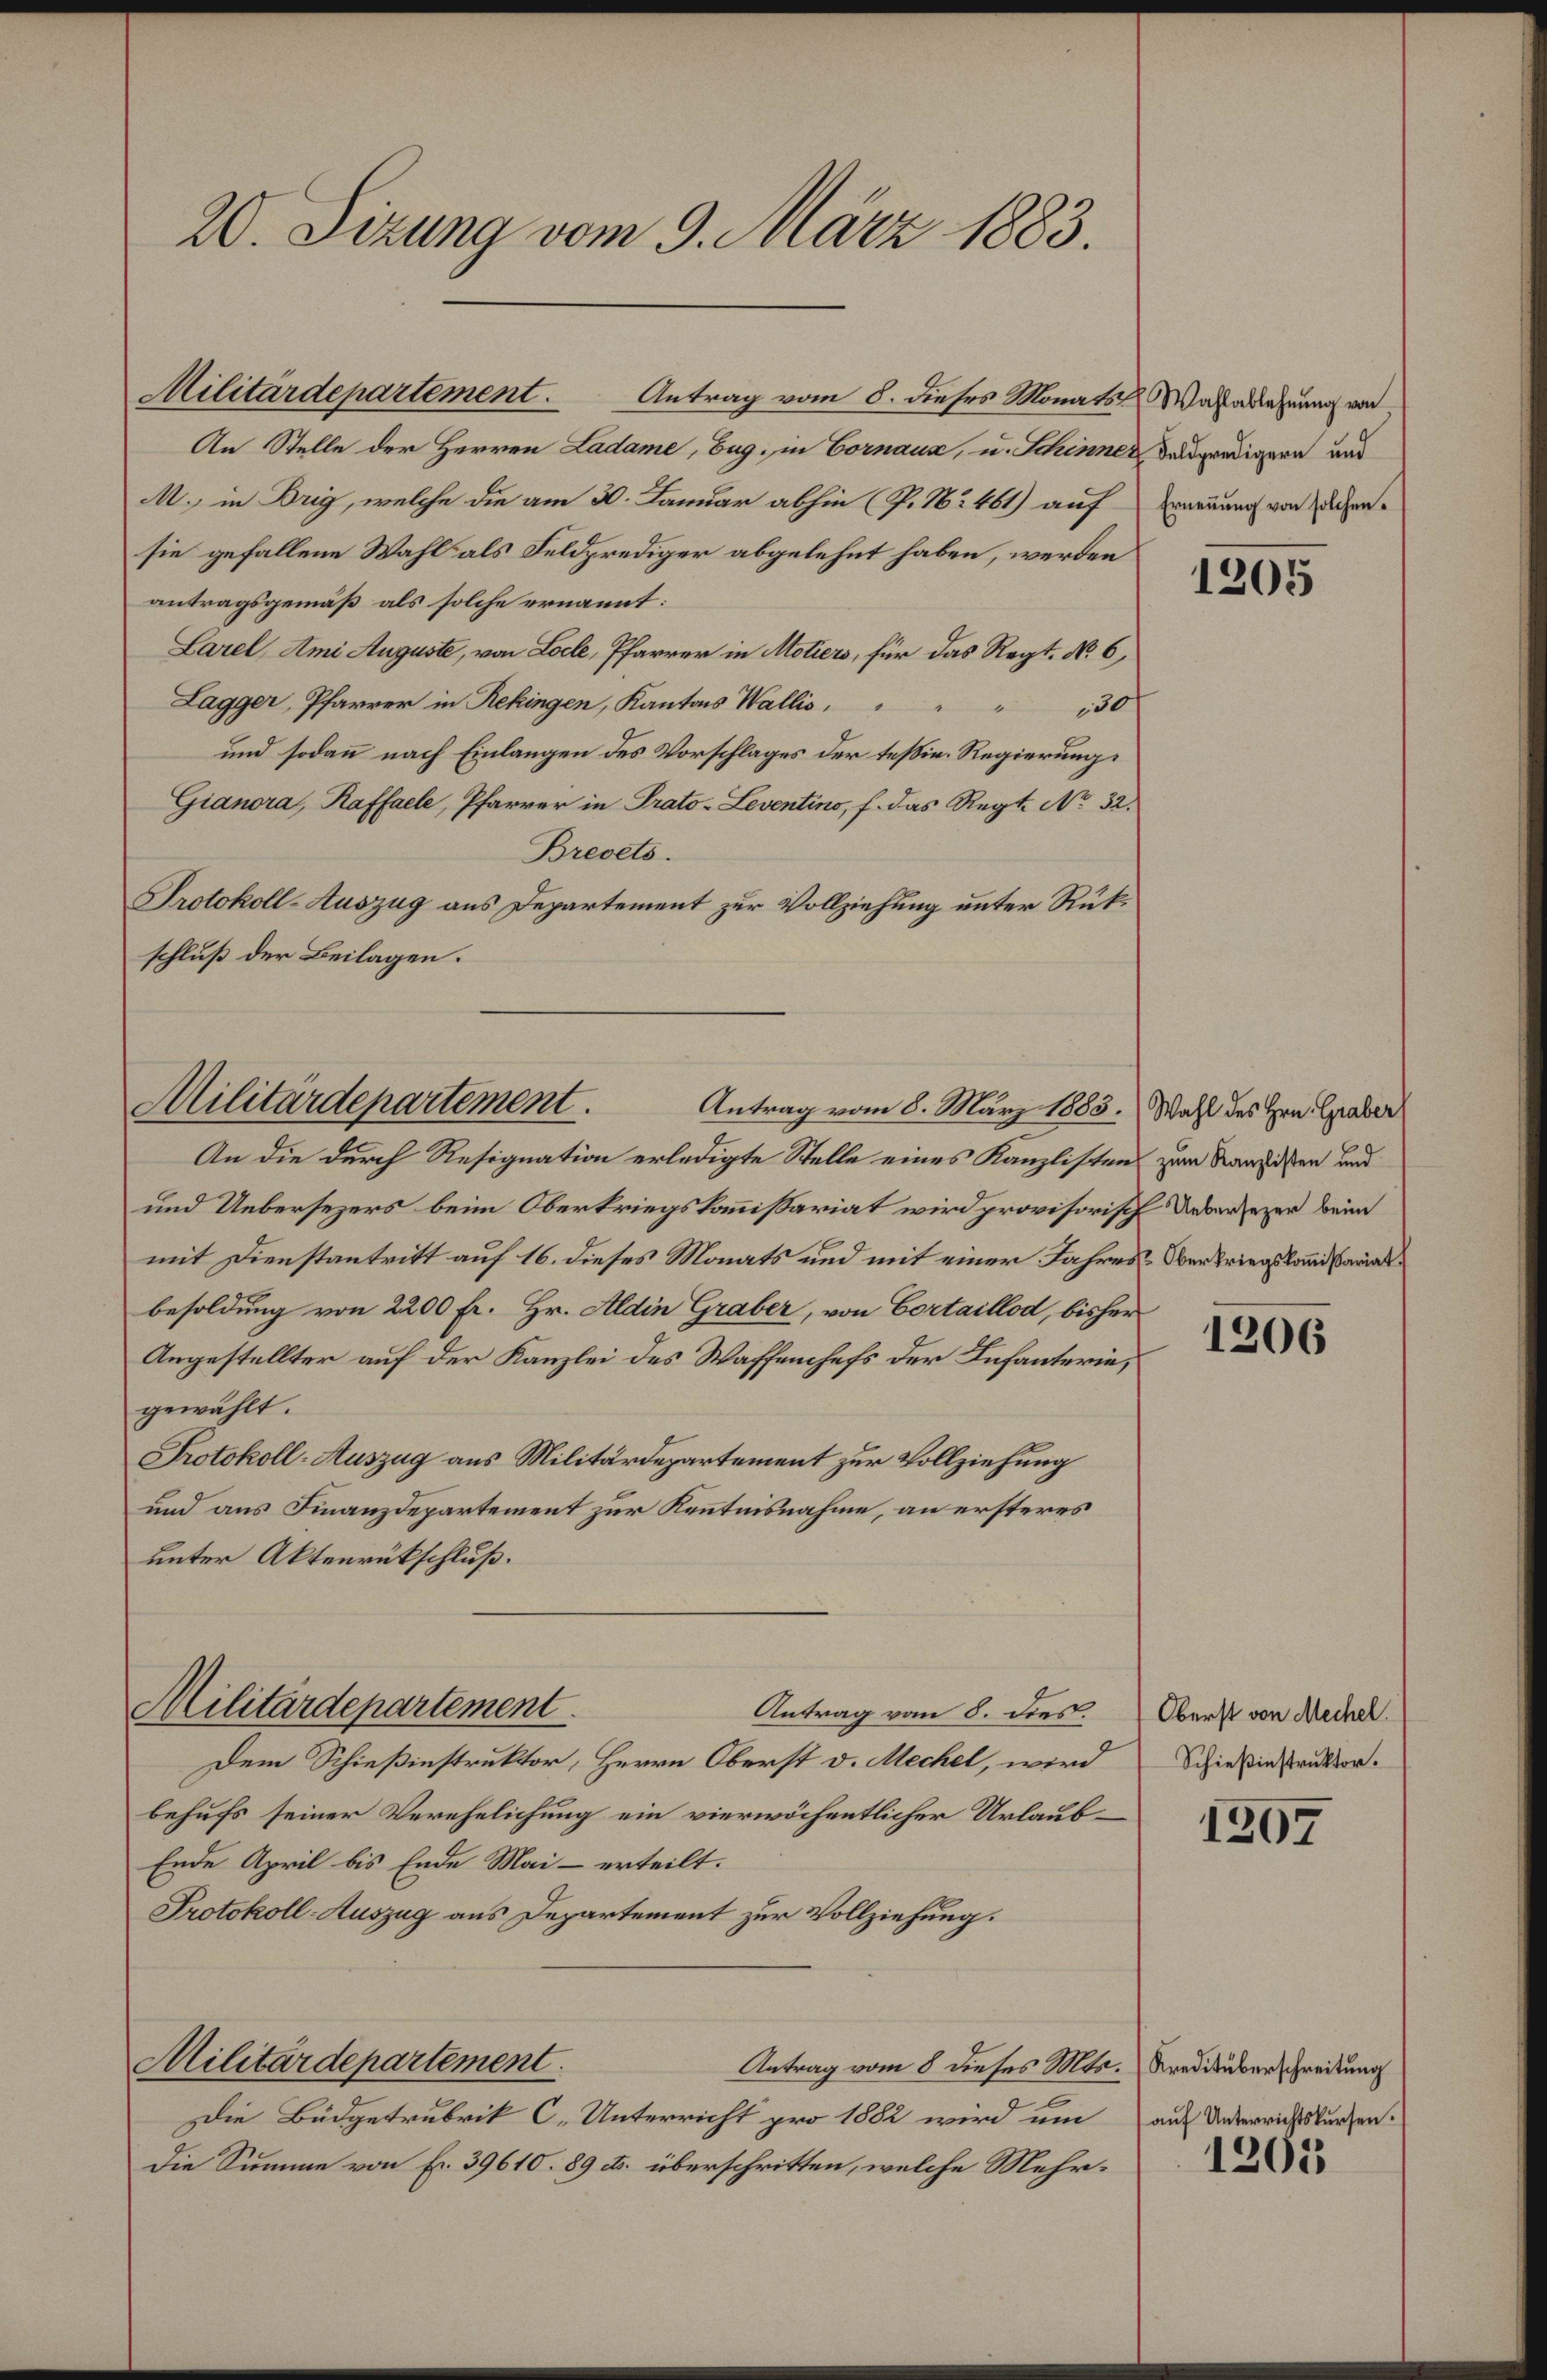
20. Sizung vom 9. März 1883.

Militärdepartement.
Antrag vom 8. März 1885.) Wahl des Hrn. Graber

Militärdepartement. Antrag vom 8. dieses Monats Wasedehnung von
An Stelle der Herren Ladame, Bug, in Cornaux, u. Schinner der predigern und
M., in Brig, welche die am 30. Januar abhin (P. Nr. 461) auf
sie gefallene Wahl als Feldprediger abgelehnt haben, werden
antragsgemäß als solche ernannt:
Larel, Ami Auguste, von Loche, Pfarrer in Motiers, für das Regt. No 6,
Lagger, Pfarrer in Rekingen, Kantons Wallis,
150
und sodann nach Einlangen des Vorschlages der tessin. Regierungs
Gianora, Raffaele, Pfarrer in Prato-Leventino, f. das Regt. No. 32.
Brevets.
Protokoll-Auszug aus Departement zur Vollziehung unter Rükschluß der Beilagen.
An die durch Resignation erledigte Stelle eines Kanzlistens zum Kanzlisten und
und Uebersezers beim Oberkriegskommißariat wird provisorisch dersezen beim
mit Dienstantritt auf 16. dieses Monats und mit einer Jahres Oberkriegslandsariatbesoldung von 2200 Fr. Hr. Aldin Graber, von Cortaillod, bisher
Angestellter auf der Kanzlei des Waffenchefs der Infanterie,
gewählt.
Protokoll-Auszug aus Militärdepartement zur Vollziehung
und aus Finanzdepartement zur Kenntnisnahme, an ersteres
unter Aktenrückschluß.
Militärdepartement
Antrag vom 8. dies.
Dem Schießinstruktor, Herrn Oberst d. Mechel, wird
behufs seiner Verehelichung ein vierwöchentlicher Urlaub¬
Ende April bis Ende Mai - erteilt.
Protokoll-Auszug aus Departement zur Vollziehung.
Militärdepartement
Antrag vom 8 dieses Mts. Kredituberschreitung
Die Büdgetrubrik C. Unterricht pro 1882 wird um auf Unterrichtskurzen.
Die Summe von Fr. 39610. 89 cts. überschritten, welche Mehr¬

Ernennung von solchen.

1305

1206

Oberst von Mechel.
Schießinstruktor.

1207

1205